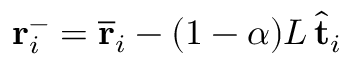
\mathbf { r } _ { i } ^ { - } = \overline { { \mathbf { r } } } _ { i } - ( 1 - \alpha ) L \, \hat { \mathbf { t } } _ { i }